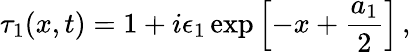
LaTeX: \tau_{1}(x,t)=1+i\epsilon_{1}\exp\left[-x+\frac{a_{1}}{2}\right]\, ,